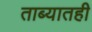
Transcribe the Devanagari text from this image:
ताब्यातही